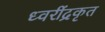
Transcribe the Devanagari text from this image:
ध्वरींद्रकृत